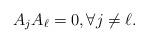
LaTeX: \begin{align*}A_j A_\ell=0, \forall j\not=\ell.\end{align*}